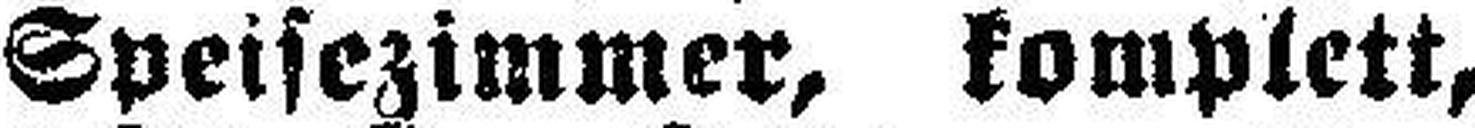
Speisezimmer, komplett,